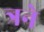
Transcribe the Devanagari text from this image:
त्रने